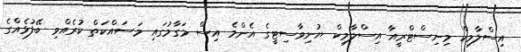
އިސްލާމިކް މިނިސްޓްރީއާ އިސްލާމިކް ޔުނިވާސިޓީގެ އެންމެ އިސް މަގާމުގައި މަސައްކަތް ކުރެއްވި ބޭފުޅެއްގެ